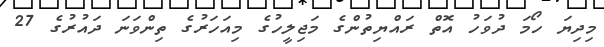
މިދިޔަ ހޯމަ ދުވަހު އޮތް ރައްޔިތުންގެ މަޖިލީހުގެ މިއަހަރުގެ ތިންވަނަ ދައުރުގެ 27